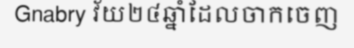
Gnabry វ័យ២៤ឆ្នាំដែលចាកចេញ